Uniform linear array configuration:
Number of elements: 24
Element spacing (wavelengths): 1
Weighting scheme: hann
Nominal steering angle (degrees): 15
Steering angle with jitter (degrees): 16.761
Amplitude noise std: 0.05
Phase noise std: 0.05

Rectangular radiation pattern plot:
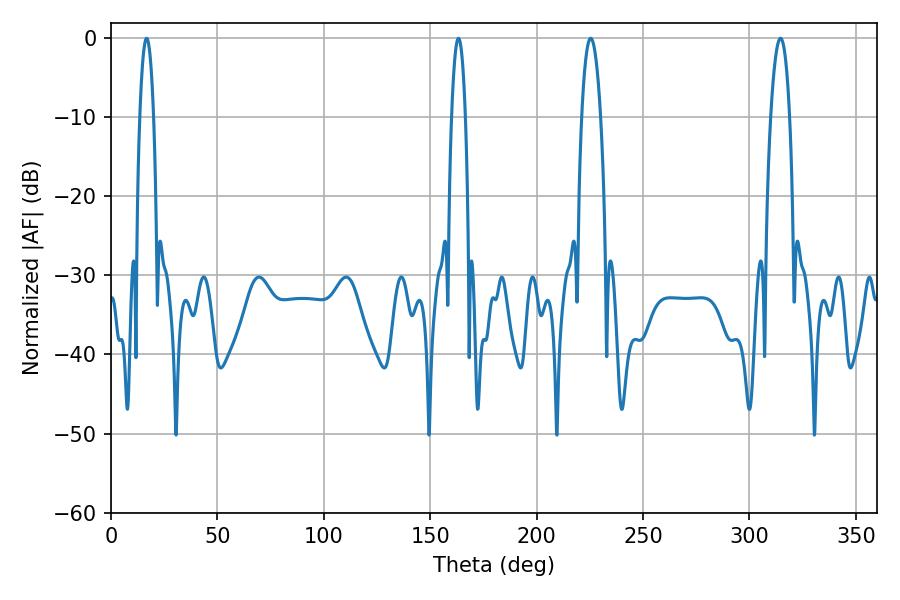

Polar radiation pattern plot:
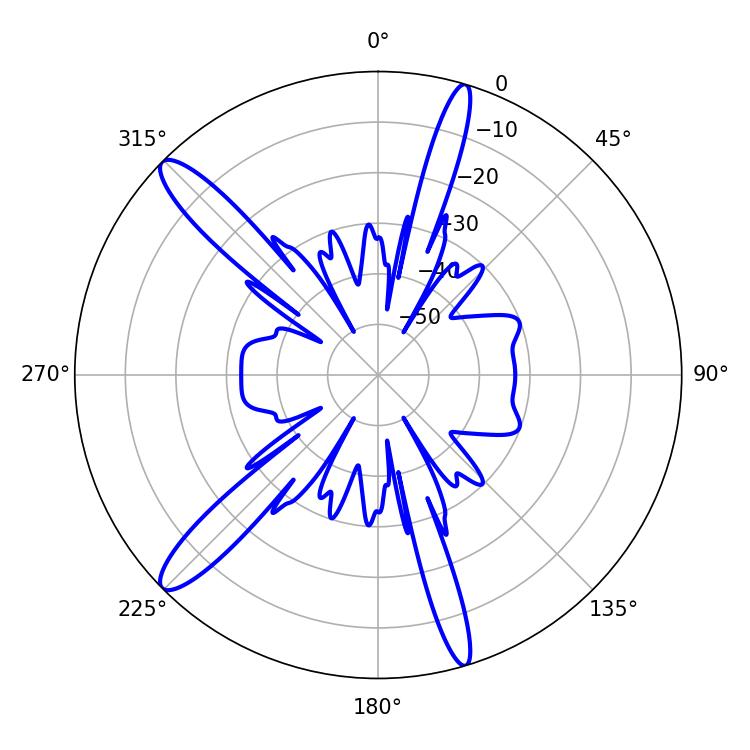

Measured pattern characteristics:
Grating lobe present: TRUE
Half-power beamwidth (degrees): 3.6
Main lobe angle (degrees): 16.74